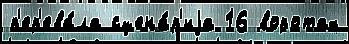
п'ер'ева́ла сцена́р'иjа 16 воротах